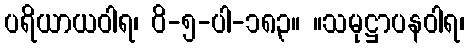
ပရိယာယဝါရ၊ ဝိ-၅-ပါ-၁၈၃။ ။သမုဋ္ဌာပနဝါရ၊